Vital statistics of India. Vol. V, Reports of 1876 on armies & jails and on epidemic cholera
Year: 1876
Disease focus: Cholera
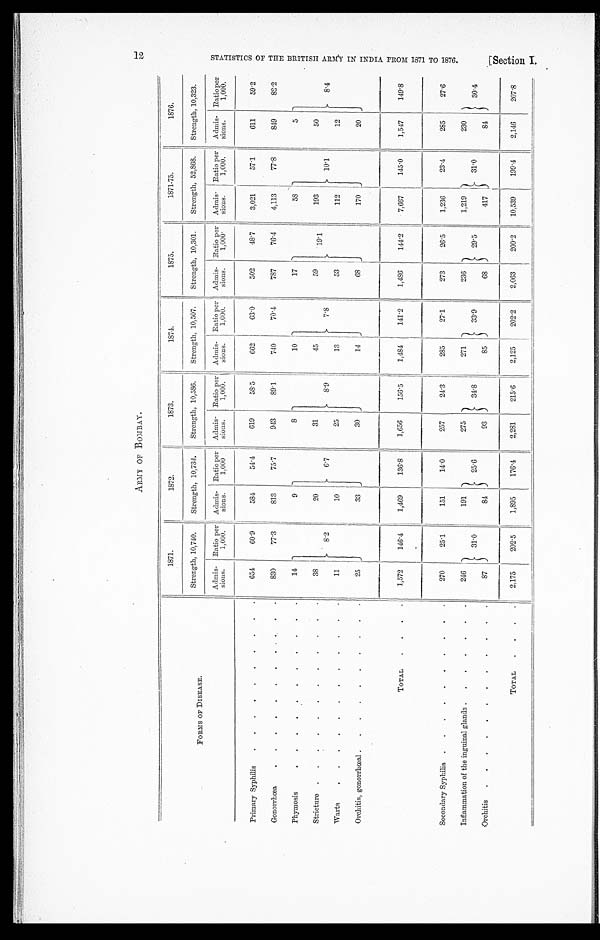
ARMY OF BOMBAY.
FORMS OF DISEASE.
1871.
1872.
1873.
1874.
1875.
1871-75.
1876.
Strength, 10,740.
Strength, 10,734.
Strength, 10,586.
Strength, 10,507.
Strength, 10,301.
Strength, 52,868.
Strength, 10,323.
Admis-
sions.
Ratio per
1,000.
Admis-
sions.
Ratio per
1,000
Admis-
sions.
Ratio per
1,000.
Admis-
sions.
Ratio per
1,000.
Admis-
sions.
Ratio per
1,000.
Admis-
sions.
Ratio per
1,000.
Admis-
sions.
Ratio per
1,000.
Primary Syphilis . . .
654
60.9
584
54.4
619
58.5
662
63.0
502
48.7
3,021
57.1
611
59.2
Gonorrhœa . . .
830
77.3
813
75.7
943
89.1
740
70.4
787
76.4
4,113
77.8
849
82.2
Phymosis . . .
14 8 . 2
9 6.7
8
8.9
10
7.8
17
19.1
58
10.1
5
8.4
Stricture . . .
38
20
31
45
59
193
50
Warts . . .
11
10
25
13
53
112
12
Orchitis, gonorrhœal . . .
25
33
30
14
68
170
20
TOTAL . . .
1,572
146.4
1,469
136.8
1,656
156.5
1,484
141.2
1,486
144.2
7,667
145.0
1,547
149.8
Secondary Syphilis . . .
270
25.1
151
14.0
257
24.3
285
27.1
273
26.5
1,236
23.4
285
27.6
Inflammation of the inguinal glands . . .
246
31.0
191
25.6
275
3 4 . 8
271
33.9
236
29.5
1,219
31.0
230
30.4
Orchitis . . .
87
84
93
85
68
417
84
TOTAL . . .
2,175
202.5
1,895
176.4
2,281
215.6
2,125
202.2
2,063
200.2
10,539
199.4
2,146
207.8
S T A T I S T I C S O F T H E B R I T I S H A R M Y I N I N D I A F R O M 1 8 7 1 T O 1 8 7 6 .
[Section I.